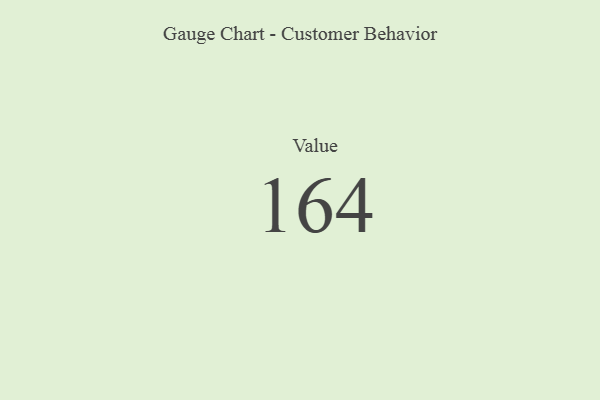
{"axis": {"x": "Metric", "y": "Value"}, "legend": [""], "data": [{"x": "Value", "y": 164, "type": ""}]}